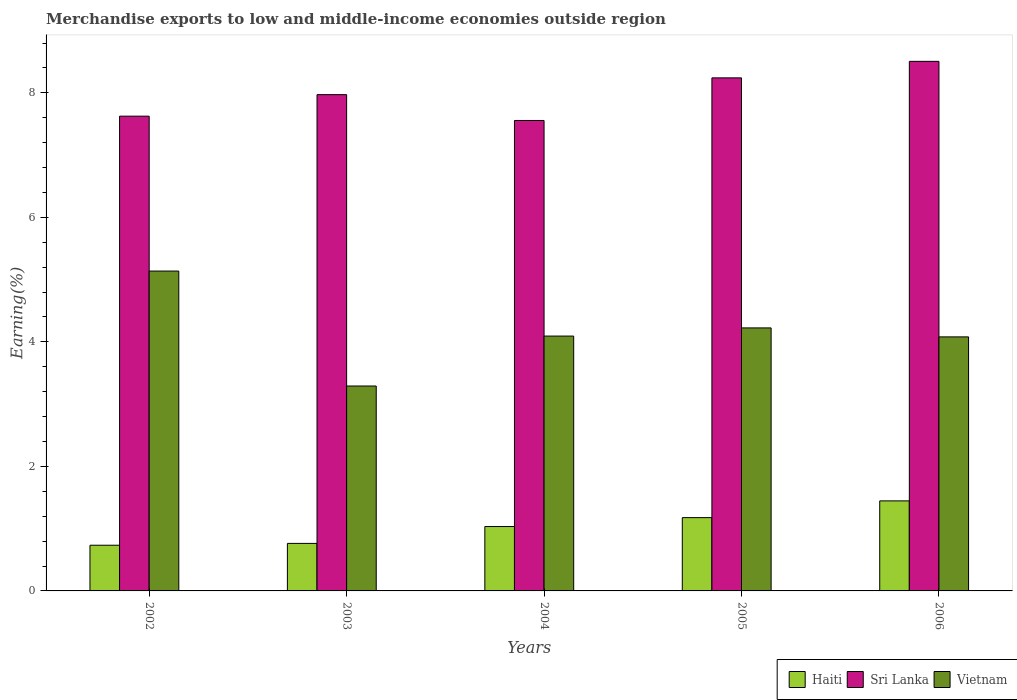
| Years | Haiti | Sri Lanka | Vietnam |
 | --- | --- | --- | --- |
 | 2002 | 0.734 | 7.63 | 5.14 |
 | 2003 | 0.763 | 7.97 | 3.29 |
 | 2004 | 1.03 | 7.56 | 4.09 |
 | 2005 | 1.18 | 8.24 | 4.22 |
 | 2006 | 1.45 | 8.51 | 4.08 |